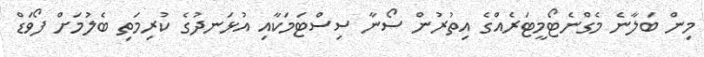
މިން ބަލާނެ މެގްނެޓޯމީޓަރެއްގެ އިތުރުން ސޯނާ ސިސްޓަމަކާއި އުޅަނދުގެ ކުރިމަތި ބެލުމަށް ފޯވަޑް